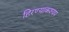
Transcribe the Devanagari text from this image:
हिरण्याकश्यप